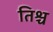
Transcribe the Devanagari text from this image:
तिश्च